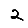
Digit: 2